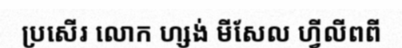
ប្រសើរ លោក ហ្សង់ មីសែល ហ្វីលីពពី